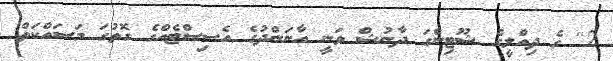
2'' ގެ ދިއްލީގެ ޝޫޓިންގަ ދާނުޝް ވަނީ އާނަންދުގެ އެސިސްޓެއްގެ ގޮތުގަ މަސައްކަތް